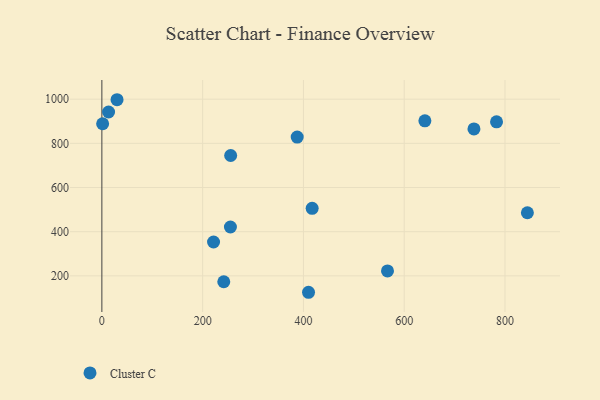
{"axis": {"x": "Price", "y": "Yield"}, "legend": ["Cluster C"], "data": [{"x": "241.9", "y": 173.4, "type": "Cluster C"}, {"x": "844.4", "y": 485.8, "type": "Cluster C"}, {"x": "387.6", "y": 828.6, "type": "Cluster C"}, {"x": "783.2", "y": 897.3, "type": "Cluster C"}, {"x": "1.5", "y": 888.8, "type": "Cluster C"}, {"x": "417.3", "y": 505.8, "type": "Cluster C"}, {"x": "738.4", "y": 865.3, "type": "Cluster C"}, {"x": "255.6", "y": 745.0, "type": "Cluster C"}, {"x": "30.1", "y": 997.5, "type": "Cluster C"}, {"x": "566.8", "y": 222.2, "type": "Cluster C"}, {"x": "410.1", "y": 125.7, "type": "Cluster C"}, {"x": "221.6", "y": 353.4, "type": "Cluster C"}, {"x": "641.0", "y": 901.9, "type": "Cluster C"}, {"x": "13.3", "y": 941.9, "type": "Cluster C"}, {"x": "255.1", "y": 421.2, "type": "Cluster C"}]}